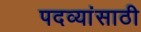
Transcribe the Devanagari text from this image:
पदव्यांसाठी